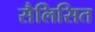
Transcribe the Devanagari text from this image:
सैलिसित